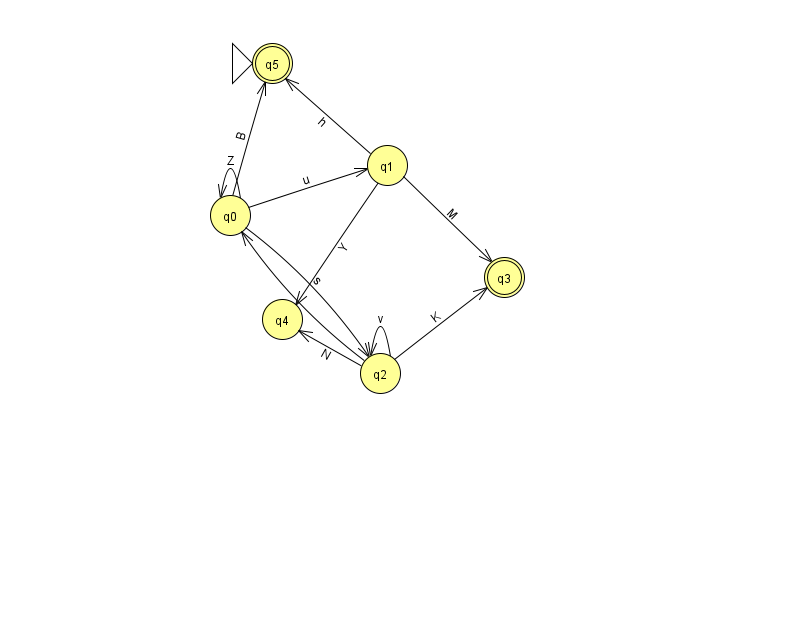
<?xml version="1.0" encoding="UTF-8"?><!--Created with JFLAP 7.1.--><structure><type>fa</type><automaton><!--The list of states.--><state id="0" name="q0"><x>230.0</x><y>202.0</y></state><state id="1" name="q1"><x>387.0</x><y>152.0</y></state><state id="2" name="q2"><x>380.0</x><y>360.0</y></state><state id="3" name="q3"><x>504.0</x><y>264.0</y><final/></state><state id="4" name="q4"><x>282.0</x><y>306.0</y></state><state id="5" name="q5"><x>272.0</x><y>50.0</y><initial/><final/></state><!--The list of transitions.--><transition><from>1</from><to>4</to><read>Y</read></transition><transition><from>2</from><to>0</to><read>w</read></transition><transition><from>0</from><to>5</to><read>B</read></transition><transition><from>1</from><to>3</to><read>M</read></transition><transition><from>2</from><to>2</to><read>v</read></transition><transition><from>0</from><to>2</to><read>s</read></transition><transition><from>1</from><to>5</to><read>h</read></transition><transition><from>0</from><to>0</to><read>Z</read></transition><transition><from>2</from><to>4</to><read>N</read></transition><transition><from>0</from><to>1</to><read>u</read></transition><transition><from>2</from><to>3</to><read>K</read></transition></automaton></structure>